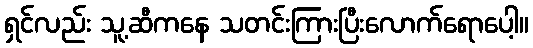
ရှင်လည်း သူ့ဆီကနေ သတင်းကြားပြီးလောက်ရောပေါ့။